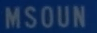
MSOUN